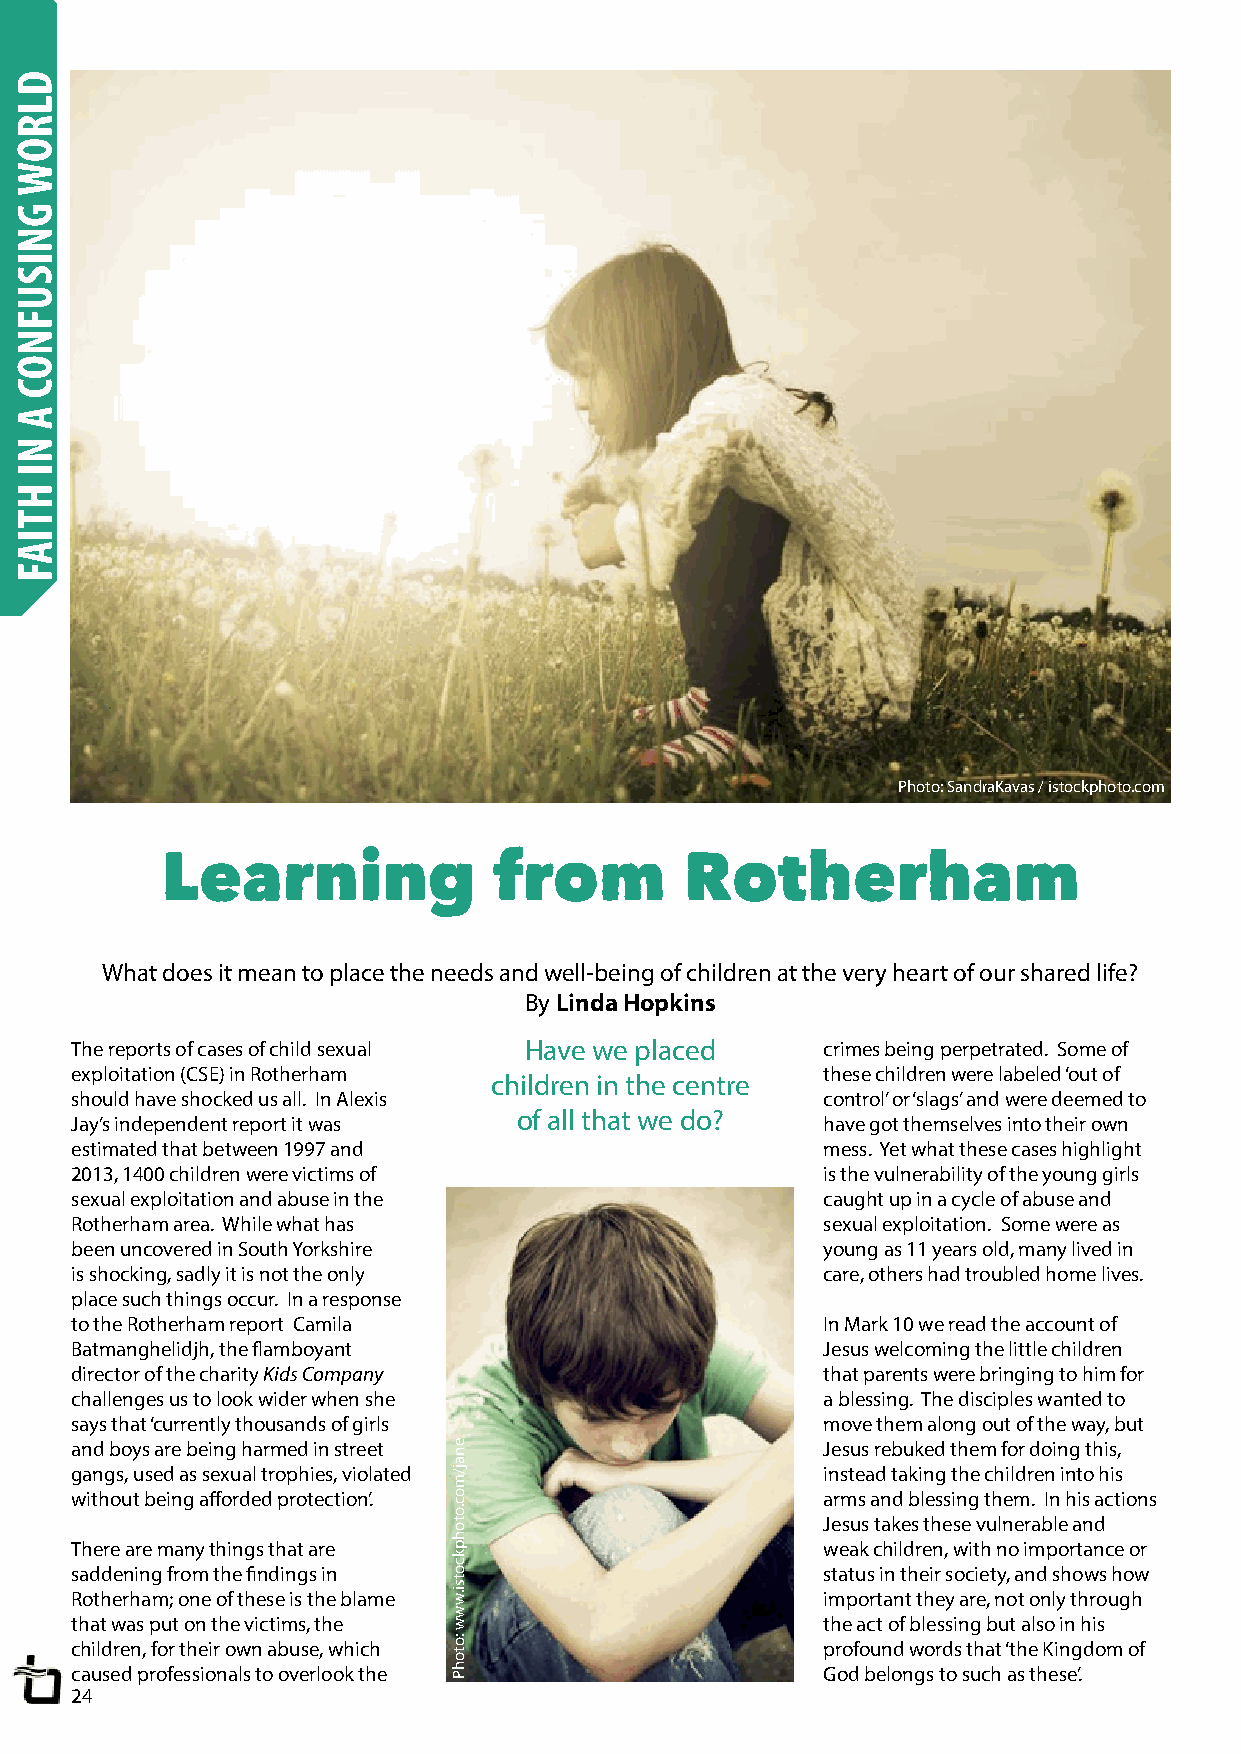
Photo: SandraKavas / istockphoto.com
 Learning              from        Rotherham
 What does it mean to place the needs and well-being of children at the very heart of our shared life?
 By Linda Hopkins
 The reports of cases of child sexual Have we placed crimes being perpetrated. Some of
 exploitation (CSE) in Rotherham                  these children were labeled ‘out of
 children in the centre
 should have shocked us all. In Alexis            control’ or ‘slags’ and were deemed to
 of all that we do?
 Jay’s independent report it was                  have got themselves into their own
 estimated that between 1997 and                  mess. Yet what these cases highlight
 2013, 1400 children were victims of              is the vulnerability of the young girls
 sexual exploitation and abuse in the             caught up in a cycle of abuse and
 Rotherham area. While what has                   sexual exploitation. Some were as
 been uncovered in South Yorkshire                young as 11 years old, many lived in
 is shocking, sadly it is not the only            care, others had troubled home lives.
 place such things occur. In a response
 to the Rotherham report Camila                   In Mark 10 we read the account of
 Batmanghelidjh, the flamboyant                   Jesus welcoming the little children
 director of the charity Kids Company             that parents were bringing to him for
 challenges us to look wider when she             a blessing. The disciples wanted to
 says that ‘currently thousands of girls          move them along out of the way, but
 and boys are being harmed in street              Jesus rebuked them for doing this,
 gangs, used as sexual trophies, violated         instead taking the children into his
 without being afforded protection’.              arms and blessing them. In his actions
 Jesus takes these vulnerable and
 There are many things that are                   weak children, with no importance or
 saddening from the findings in                   status in their society, and shows how
 Rotherham; one of these is the blame             important they are, not only through
 that was put on the victims, the                 the act of blessing but also in his
 children, for their own abuse, which             profound words that ‘the Kingdom of
 caused professionals to overlook the             God belongs to such as these’.
 24
 DLROW
 GNISUFNOC
 A
 NI
 HTIAF
 enaj/moc.otohpkcotsi.www
 :otohP